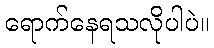
ရောက်နေရသလိုပါပဲ။